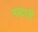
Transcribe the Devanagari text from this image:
नाटानी